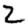
Digit: 2